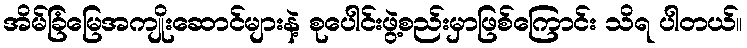
အိမ်ခြံမြေအကျိုးဆောင်များနဲ့ စုပေါင်းဖွဲ့စည်းမှာဖြစ်ကြောင်း သိရ ပါတယ်။